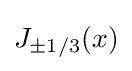
J_{\pm 1/3}(x)